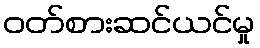
ဝတ်စားဆင်ယင်မှု